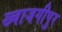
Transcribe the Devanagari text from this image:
ख्वाजगीपुर